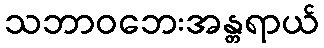
သဘာဝဘေးအန္တရာယ်